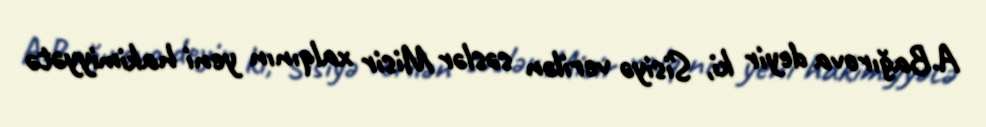
A.Bağırova deyir ki, Sisiyə verilən səslər Misir xalqının yeni hakimiyyətə